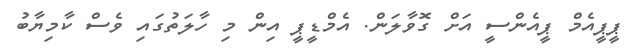
ޕީޕީއެމް ޕީއެންސީ އަށް ގޮވާލަން. އެމްޑީޕީ އިން މި ހާލަތުގައި ވެސް ކާމިޔާބު